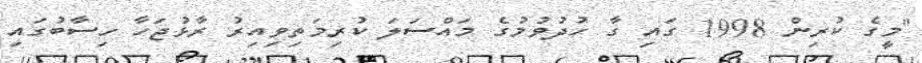
"މީގެ ކުރިން 1998 ގައި ގާ ހުދުވުމުގެ މައްސަލަ ކުރިމަތިވިއިރު ރާޅުޖަހާ ހިސާބުގައި